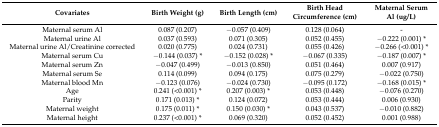
<table><thead><tr><td><b>Covariates</b></td><td><b>Birth Weight (g)</b></td><td><b>Birth Length (cm)</b></td><td><b>Birth Head Circumference (cm)</b></td><td><b>Maternal Serum Al (ug/L)</b></td></tr></thead><tbody><tr><td>Maternal serum Al</td><td>0.087 (0.207)</td><td>−0.057 (0.409)</td><td>0.128 (0.064)</td><td>-</td></tr><tr><td>Maternal urine Al</td><td>0.037 (0.593)</td><td>0.071 (0.305)</td><td>0.052 (0.455)</td><td>−0.222 (0.001) *</td></tr><tr><td>Maternal urine Al/Creatinine corrected</td><td>0.020 (0.775)</td><td>0.024 (0.731)</td><td>0.055 (0.426)</td><td>−0.266 (&lt;0.001) *</td></tr><tr><td>Maternal serum Cu</td><td>−0.144 (0.037) *</td><td>−0.152 (0.028) *</td><td>−0.067 (0.335)</td><td>−0.187 (0.007) *</td></tr><tr><td>Maternal serum Zn</td><td>−0.047 (0.499)</td><td>−0.013 (0.850)</td><td>0.051 (0.464)</td><td>0.007 (0.917)</td></tr><tr><td>Maternal serum Se</td><td>0.114 (0.099)</td><td>0.094 (0.175)</td><td>0.075 (0.279)</td><td>−0.022 (0.750)</td></tr><tr><td>Maternal blood Mn</td><td>−0.123 (0.076)</td><td>−0.024 (0.730)</td><td>−0.095 (0.172)</td><td>−0.168 (0.015) *</td></tr><tr><td>Age</td><td>0.241 (&lt;0.001) *</td><td>0.207 (0.003) *</td><td>0.053 (0.448)</td><td>−0.076 (0.270)</td></tr><tr><td>Parity</td><td>0.171 (0.013) *</td><td>0.124 (0.072)</td><td>0.053 (0.444)</td><td>0.006 (0.930)</td></tr><tr><td>Maternal weight</td><td>0.175 (0.011) *</td><td>0.150 (0.030) *</td><td>0.043 (0.537)</td><td>−0.010 (0.882)</td></tr><tr><td>Maternal height</td><td>0.237 (&lt;0.001) *</td><td>0.069 (0.320)</td><td>0.052 (0.452)</td><td>0.001 (0.988)</td></tr></tbody></table>